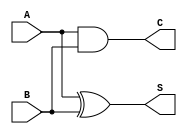
module threshold_half_adder (
    input wire A,  // 1-bit input A
    input wire B,  // 1-bit input B
    output wire S, // 1-bit output Sum
    output wire C  // 1-bit output Carry
);

// Sum is calculated using XOR operation
assign S = A ^ B;  // S = A XOR B

// Carry is calculated using AND operation
assign C = A & B;  // C = A AND B

endmodule